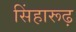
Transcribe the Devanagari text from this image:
सिंहारूढ़